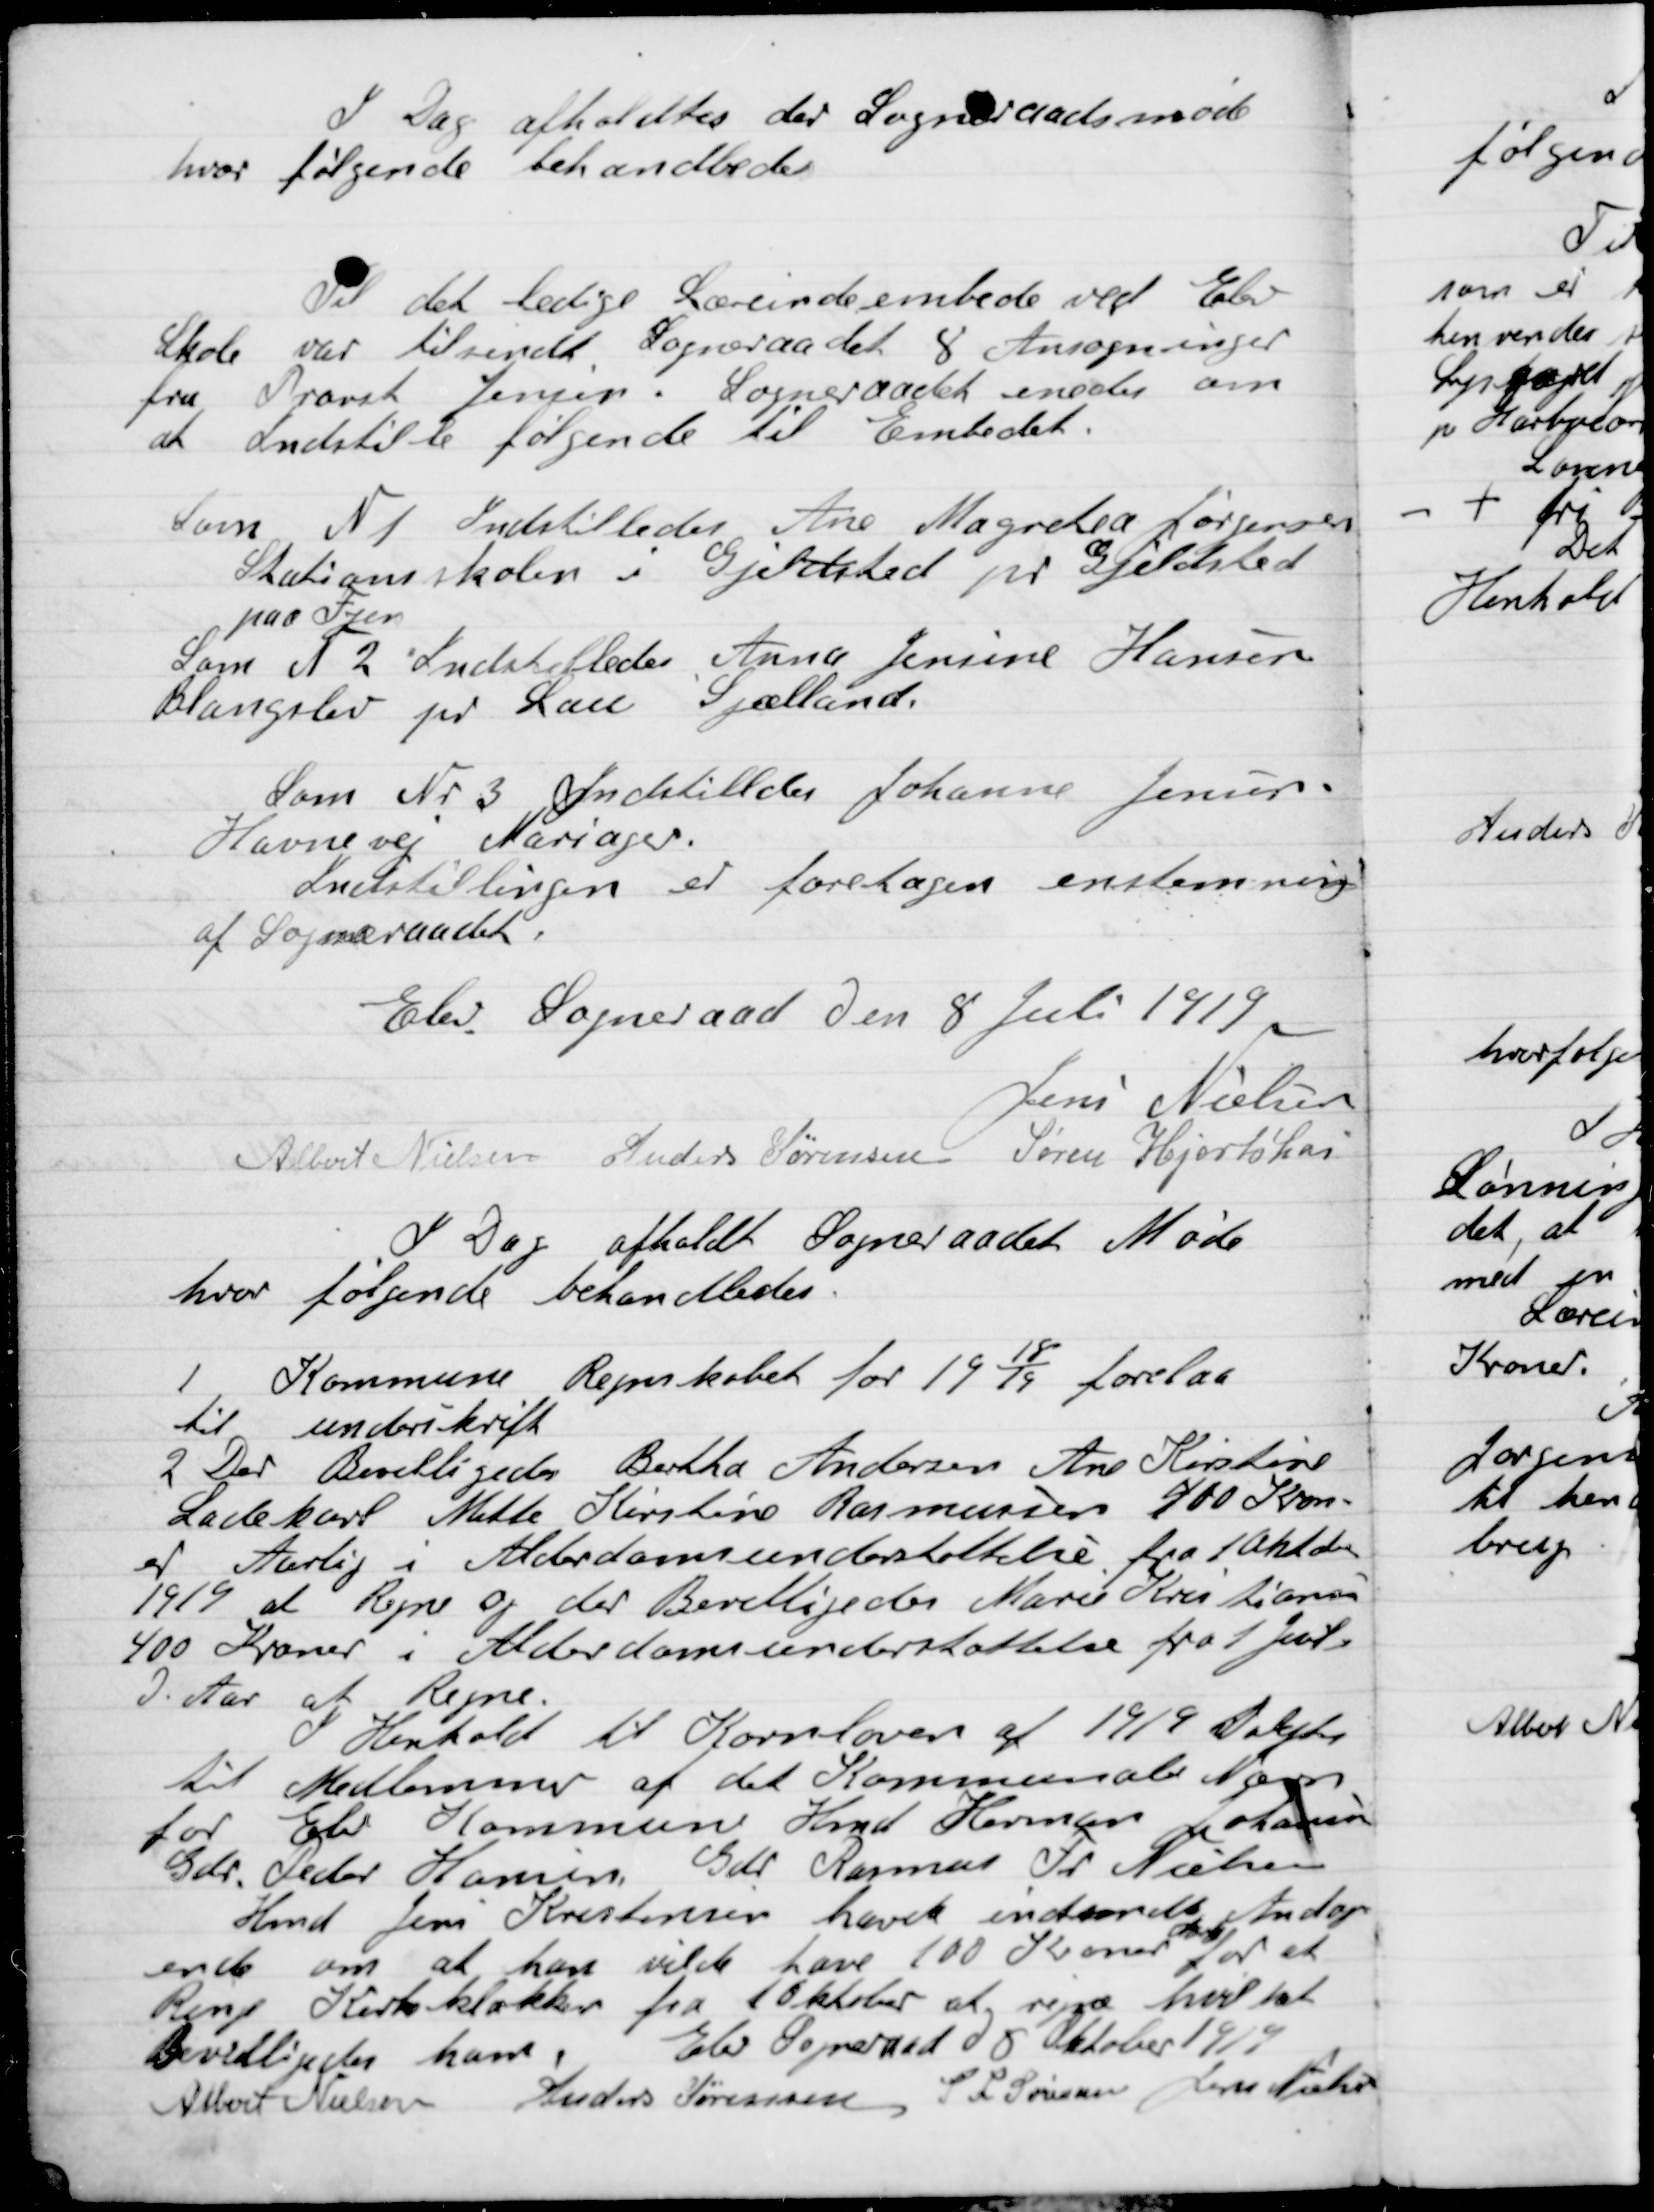
Transskription:
I Dag afholdtes der  Sogneraads møde
 hvor følgende Behandledes:

Til det ledige Lærerembede ved Elev
Skole var tilsendt Sogneraadet 8 Ansøgninger
fra Provst Jensen. Sogneraadet enedes om
at Indstille følgende til Embedet.

Som Nr. 1. Indstilledes Ane Margretea Jørgensen
Stationsskolen i Gjeldsted pr. Gjeldsted
paa Fyen
Som Nr. 2. Indstilledes Anna Jensine Hansen
Blangslev pr. Lau Sjælland
Som Nr. 3. Indstilledes Johanne Jensen
Havnevej Mariager.
Indstillingen er foretaget enstemmig
af Sogneraadet.

Elev Sogneraad Den 8 Juli 1919

Jens Nielsen
Albert Nielsen
Anders Sørensen
Søren Hjortshøi

I Dag afholdt Sogneraadet Møde
hvor følgende Behandledes

1

Kommunens Regnskabet for 1918 / 19 forelaa
til underskrift

2

Der Bevilligedes Bertha Andersen, Ane Kirstine
Ladekarl Mette Kirstine Rasmussen 700 Kron-
er Aarlig i Alderdomsunderstøttelse fra 1 Oktober
1919 at Regne og der Bevilligedes Marie Kristiansen
400 Kroner i Alderdomsunderstøttelse fra 1 Juli
I Aar at Regne.

I Henholdt til Kornloven af 1919 Valgtes
til Medlemmer af det Kommunale Nævn
for Elev Kommune Hmd Herman Johannes
400 Kroner i Alderdomsunderstøttelse fra 1 Juli
Gdr. Peder Hansen, Gdr. Rasmus Fr. Nielsen

Hmd. Jens Kristensen havde indsendt Andra-
gende om at han vilde have 100 Kroner

 for at
Ringe Kirkeklokken fra 1 Oktober at regne hvilket
Bevilligedes ham.

Elev Sogneraad D. 8 Oktober 1919

Albert Nielsen
Anders Sørensen
S. L. Sørensen
Jens Nielsen